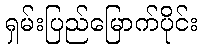
ရှမ်းပြည်မြောက်ပိုင်း